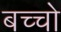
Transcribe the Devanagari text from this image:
बच्‍चो